Problem: 11 + 32 = ?
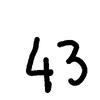
Handwritten answer: 43